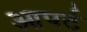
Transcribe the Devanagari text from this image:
आपर्ट